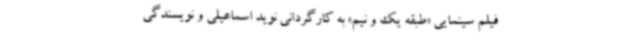
فیلم سینمایی «طبقه یک و نیم» به کارگردانی نوید اسماعیلی و نویسندگی